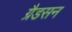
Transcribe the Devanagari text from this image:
ग्रैडसन